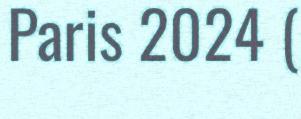
Paris 2024 (